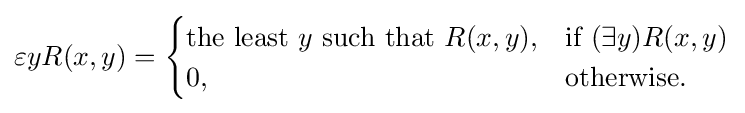
\varepsilon yR(x,y)={\begin{cases}{\text{the least }}y{\text{ such that }}R(x,y),&{\text{if }}(\exists y)R(x,y)\\0,&{\text{otherwise}}.\end{cases}}